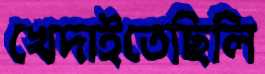
খেদাইতেছিলি